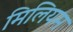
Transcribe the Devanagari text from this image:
मिलियम